Senior Leaving Certificate Examination (including Day School Certificate (Higher) General paper), 1948
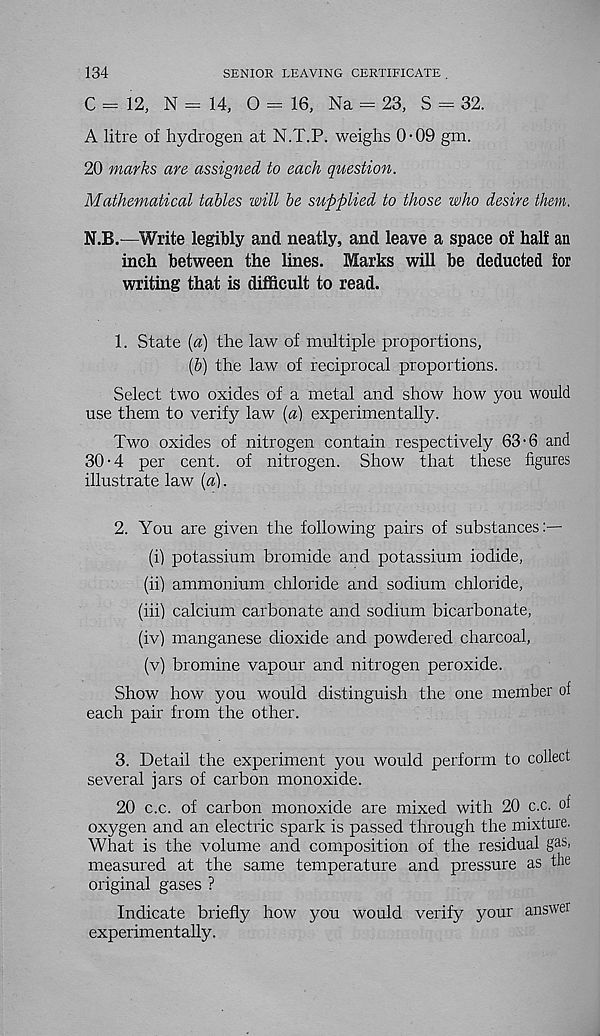
134
SENIOR LEAVING CERTIFICATE .
C - 12, N - 14, 0 - 16, Na = 23, S = 32.
A litre of hydrogen at N.T.P. weighs 0-09 gm.
20 marks are assigned to each question.
Mathematical tables will be supplied to those who desire them.
N.B.—Write legibly and neatly, and leave a space of half an
inch between the lines. Marks will be deducted for
writing that is difficult to read.
1. State {a) the law of multiple proportions,
(5) the law of reciprocal proportions.
Select two oxides of a metal and show how you would
use them to verify law (a) experimentally.
Two oxides of nitrogen contain respectively 63 • 6 and
30-4 per cent, of nitrogen. Show that these figures
illustrate law (a).
2. You are given the following pairs of substances:—
(i) potassium bromide and potassium iodide,
(ii) ammonium chloride and sodium chloride,
(iii) calcium carbonate and sodium bicarbonate,
(iv) manganese dioxide and powdered charcoal,
(v) bromine vapour and nitrogen peroxide.
Show how you would distinguish the one member of
each pair from the other.
3. Detail the experiment you would perform to collect
several jars of carbon monoxide.
20 c.c. of carbon monoxide are mixed with 20 c.c. of
oxygen and an electric spark is passed through the mixture.
What is the volume and composition of the residual gas,
measured at the same temperature and pressure as the
original gases ?
Indicate briefly how you would verify your answer
experimentally.